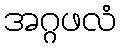
အဂ္ဂဖလံ